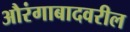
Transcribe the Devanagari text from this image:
औरंगाबादवरील